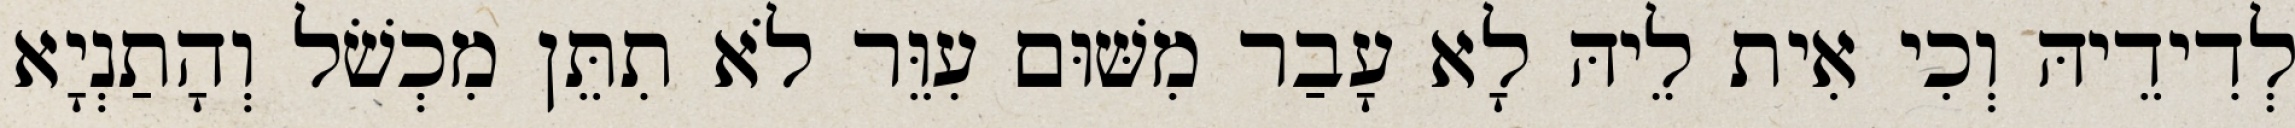
לְדִידֵיהּ וְכִי אִית לֵיהּ לָא עָבַר מִשּׁוּם עִוֵּר לֹא תִתֵּן מִכְשֹׁל וְהָתַנְיָא